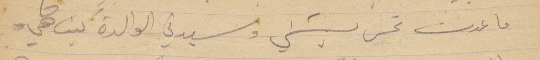
ما عدت تحس بشيء وسيدتي الوالدة كيف هي